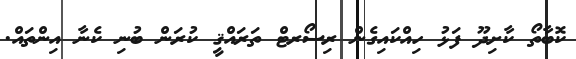
ކޮބާތޯ ކާށިދޫ ފަޅު ހިއްކައިގެން ރިސޯރޓް ތަރައްޤީ ކުރަން ބުނި ކެނާ އިންތައް.